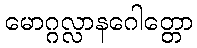
မောဂ္ဂလ္လာနဂေါတ္တော